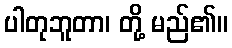
ပါတုဘူတာ၊ တို့ မည်၏။